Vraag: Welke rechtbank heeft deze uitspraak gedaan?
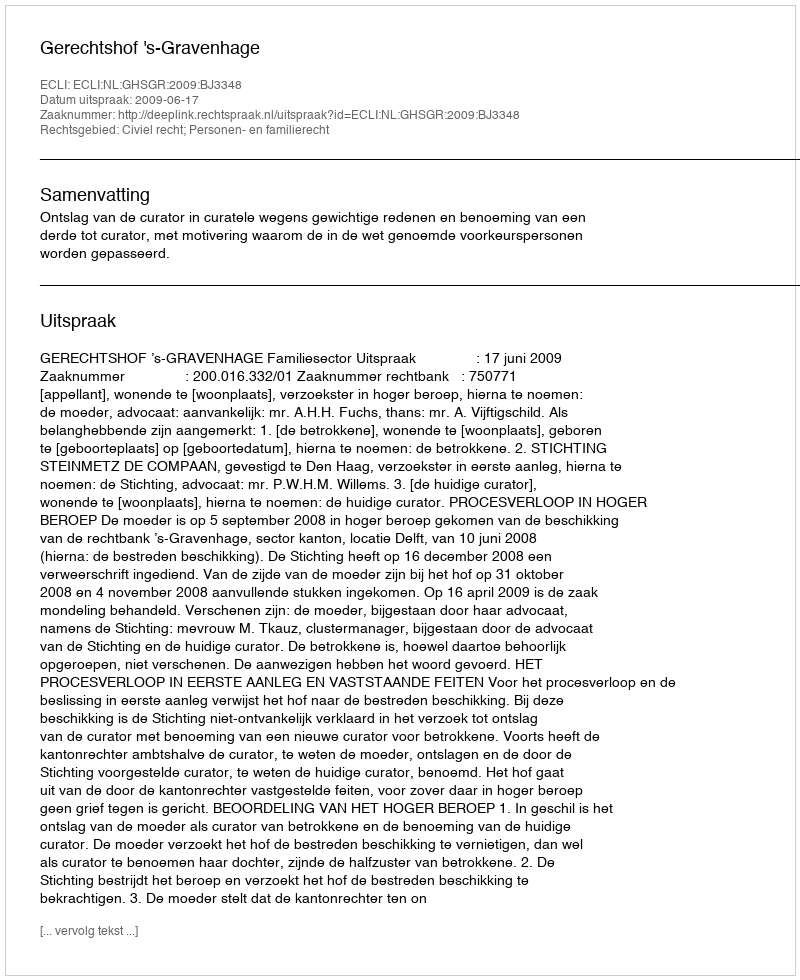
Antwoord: Gerechtshof 's-Gravenhage